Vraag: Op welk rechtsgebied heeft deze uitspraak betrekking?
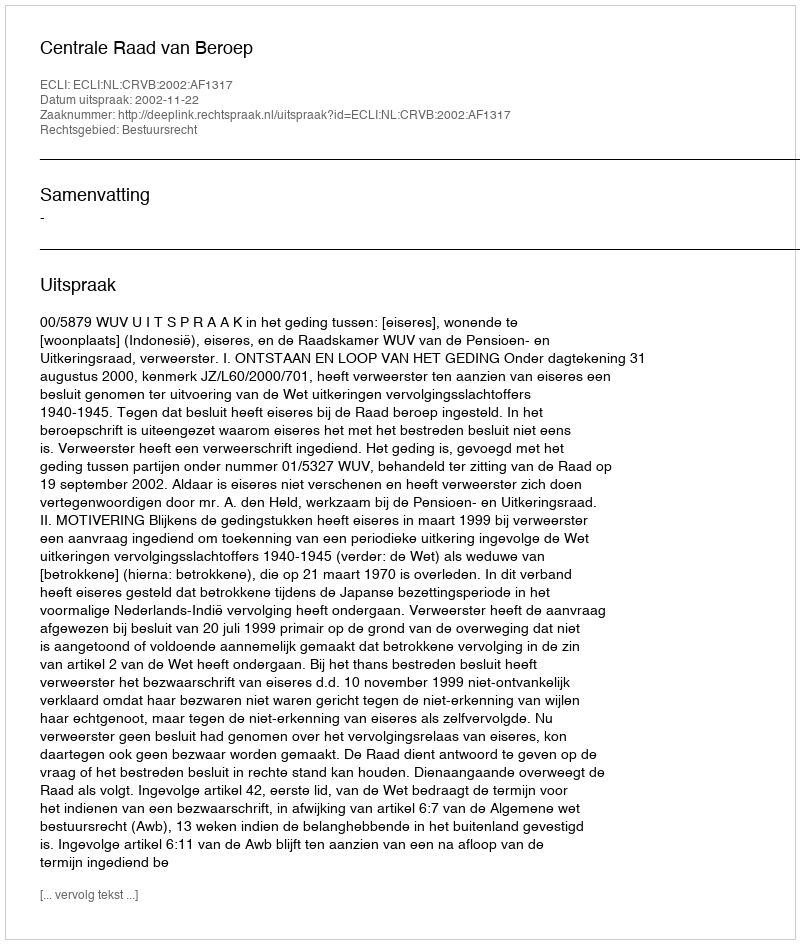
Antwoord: Bestuursrecht